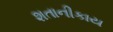
શતાનીકાય